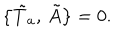
LaTeX: \bigl \{ \tilde { T } _ { a } , \, \tilde { A } \bigr \} = 0 .